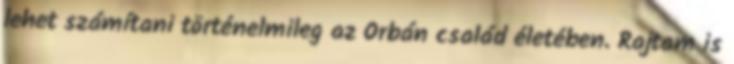
lehet számítani történelmileg az Orbán család életében. Rajtam is